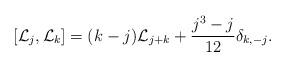
LaTeX: \begin{align*}\left[{\cal L}_j,{\cal L}_k\right]=(k-j){\cal L}_{j+k} + {j^3-j\over 12}\delta_{k,-j}.\end{align*}